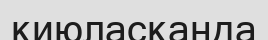
қиюласқанда